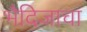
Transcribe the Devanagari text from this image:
भैदिजाचा